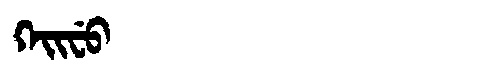
Manchu: ᡴᡝᡳᠸᡠ
Romanization: KEIFU